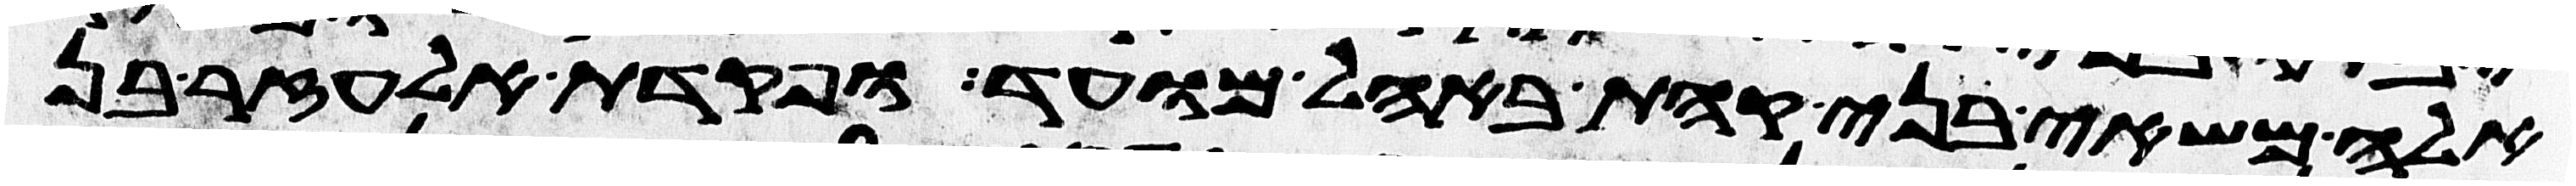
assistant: אלה משאי בני קהת באהל מועד ופקדת אלעזר בן